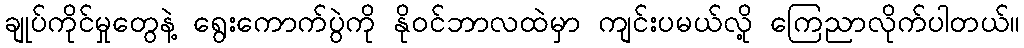
ချုပ်ကိုင်မှုတွေနဲ့ ရွေးကောက်ပွဲကို နိုဝင်ဘာလထဲမှာ ကျင်းပမယ်လို့ ကြေညာလိုက်ပါတယ်။